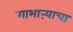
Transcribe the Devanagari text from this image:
गाभाऱ्याचा